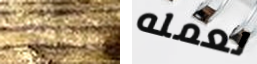
الاحتمالات لعمله